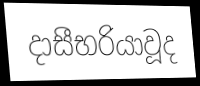
දාසීභරියාවූද